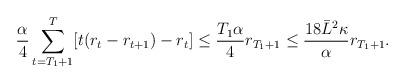
LaTeX: \begin{align*} \frac{\alpha}{4}\sum_{t=T_{1}+1}^{T}[t(r_{t}-r_{t+1})-r_{t}] \leq \frac{T_1\alpha}{4}r_{T_{1}+1}\leq \frac{18\bar{L}^2\kappa}{\alpha}r_{T_{1}+1}.\end{align*}